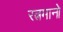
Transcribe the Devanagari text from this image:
रत्नमानो